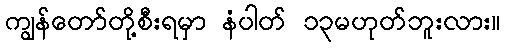
ကျွန်တော်တို့စီးရမှာ နံပါတ် ၁၃မဟုတ်ဘူးလား။